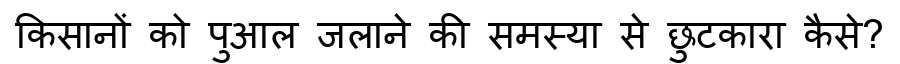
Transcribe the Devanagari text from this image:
किसानों को पुआल जलाने की समस्या से छुटकारा कैसे?